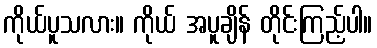
ကိုယ်ပူသလား။ ကိုယ် အပူချိန် တိုင်းကြည့်ပါ။